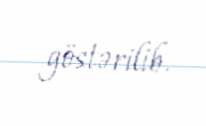
göstərilib.